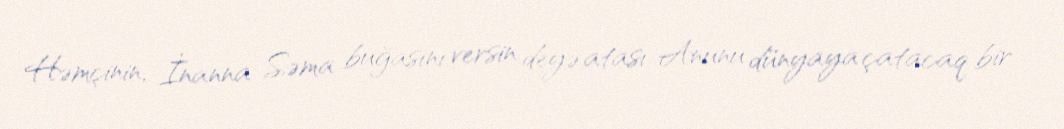
Həmçinin, İnanna Səma buğasını versin deyə atası Anunu dünyaya çatacaq bir